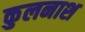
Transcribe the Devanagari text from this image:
कुलनाश